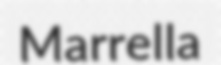
Marrella